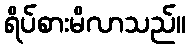
ရိပ်စားမိလာသည်။